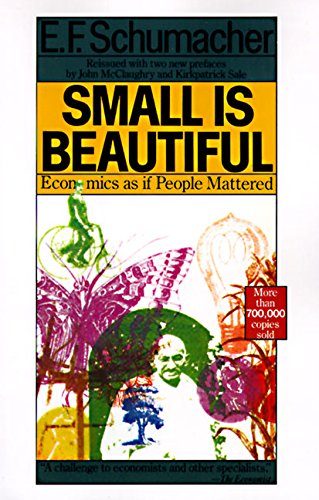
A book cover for Small Is Beautiful: Economics as if People Mattered; E. F. Schumacher; Business & Money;